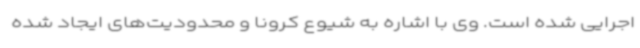
اجرایی شده است. وی با اشاره به شیوع کرونا و محدودیت‌های ایجاد شده